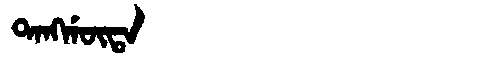
Manchu: ᡨᠠᠩᡤᡡᡨᠠ
Romanization: TANGGŪTA